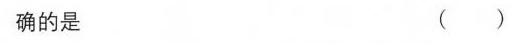
确的是 ( )